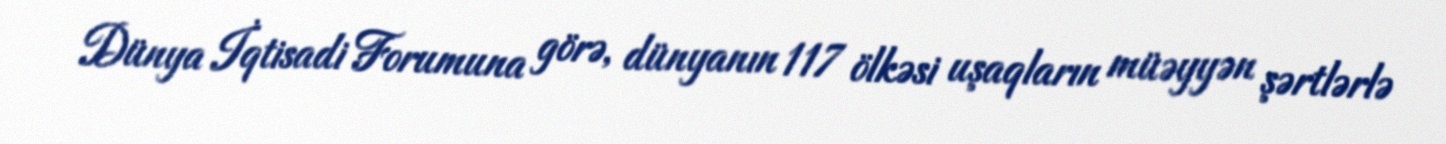
Dünya İqtisadi Forumuna görə, dünyanın 117 ölkəsi uşaqların müəyyən şərtlərlə